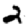
Digit: 2